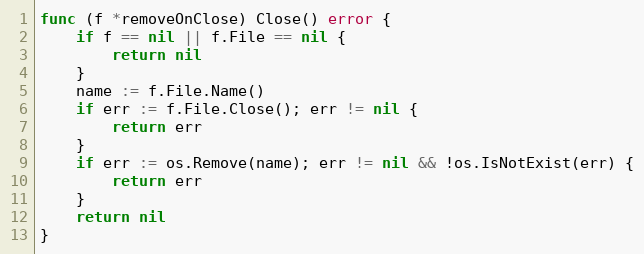
Language: Go
func (f *removeOnClose) Close() error {
	if f == nil || f.File == nil {
		return nil
	}
	name := f.File.Name()
	if err := f.File.Close(); err != nil {
		return err
	}
	if err := os.Remove(name); err != nil && !os.IsNotExist(err) {
		return err
	}
	return nil
}